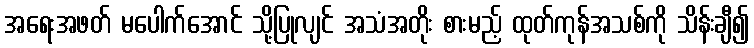
အရေးအဖတ် မပေါက်အောင် သို့ပြုလျင် အသံအတိုး စားမည့် ထုတ်ကုန်အသစ်ကို သိန်းချီ၍